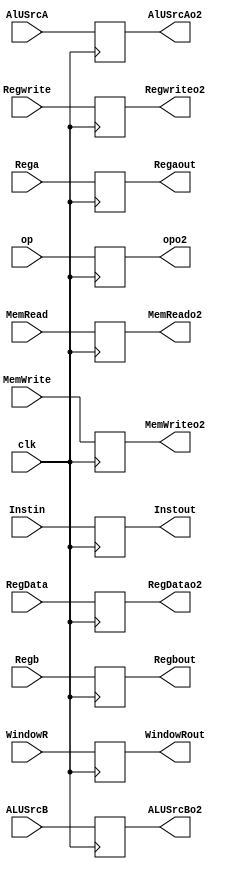
module Register2(Instin,
                 clk,
                 Rega,
                 Regb,
                 Regaout,
                 Regbout,
                 Instout,
                 AlUSrcA,
                 ALUSrcB,
                 MemRead,
                 MemWrite,
                 Regwrite,
                 op,
                 AlUSrcAo2,
                 ALUSrcBo2,
                 MemReado2,
                 MemWriteo2,
                 Regwriteo2,
                 opo2,
                 RegData,
                 RegDatao2,
                 WindowR,
                 WindowRout);
    
    input [15:0] Instin;
    input clk;
    input [15:0] Rega;
    input [15:0] Regb;
    input[1:0] WindowR;
    
    output reg[15:0] Regaout   = 0;
    output reg[15:0] Regbout   = 0;
    output reg [15:0] Instout  = 16'h8040;
    output reg[1:0] WindowRout = 0;
    //Control
    input AlUSrcA,ALUSrcB,MemRead,MemWrite,Regwrite;
    input [1:0] RegData;
    input [2:0] op;
    output reg AlUSrcAo2       = 0,ALUSrcBo2       = 0,MemReado2       = 0,MemWriteo2       = 0,Regwriteo2       = 0;
    output reg [2:0] opo2      = 0;
    output reg [1:0] RegDatao2 = 0;
    
    
    
    always@(posedge clk)
    begin
        Instout    = Instin;
        Regaout    = Rega;
        Regbout    = Regb;
        WindowRout = WindowR;
        //Control
        AlUSrcAo2  = AlUSrcA;
        ALUSrcBo2  = ALUSrcB;
        MemReado2  = MemRead;
        MemWriteo2 = MemWrite;
        Regwriteo2 = Regwrite;
        opo2       = op;
        RegDatao2  = RegData;
        
    end
    
endmodule